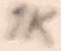
Text: 1K